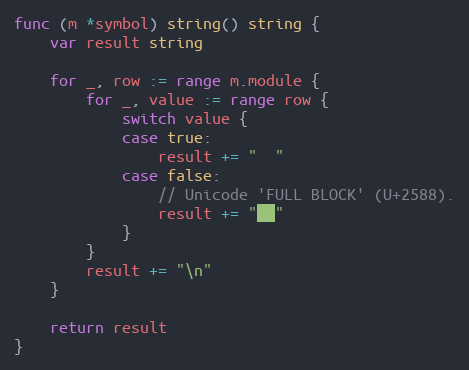
Language: Go
func (m *symbol) string() string {
	var result string

	for _, row := range m.module {
		for _, value := range row {
			switch value {
			case true:
				result += "  "
			case false:
				// Unicode 'FULL BLOCK' (U+2588).
				result += "██"
			}
		}
		result += "\n"
	}

	return result
}